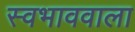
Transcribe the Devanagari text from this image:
स्वभाववाला